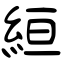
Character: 絙